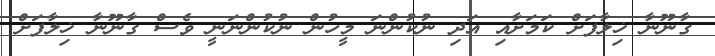
ގާނޫނާ ޚިލާފަށް ކަމަށާއި އަދި ނުކުންނަ މީހުން ނުކުންނަނީ ވެސް ގާނޫނާ ޚިލާފަށް